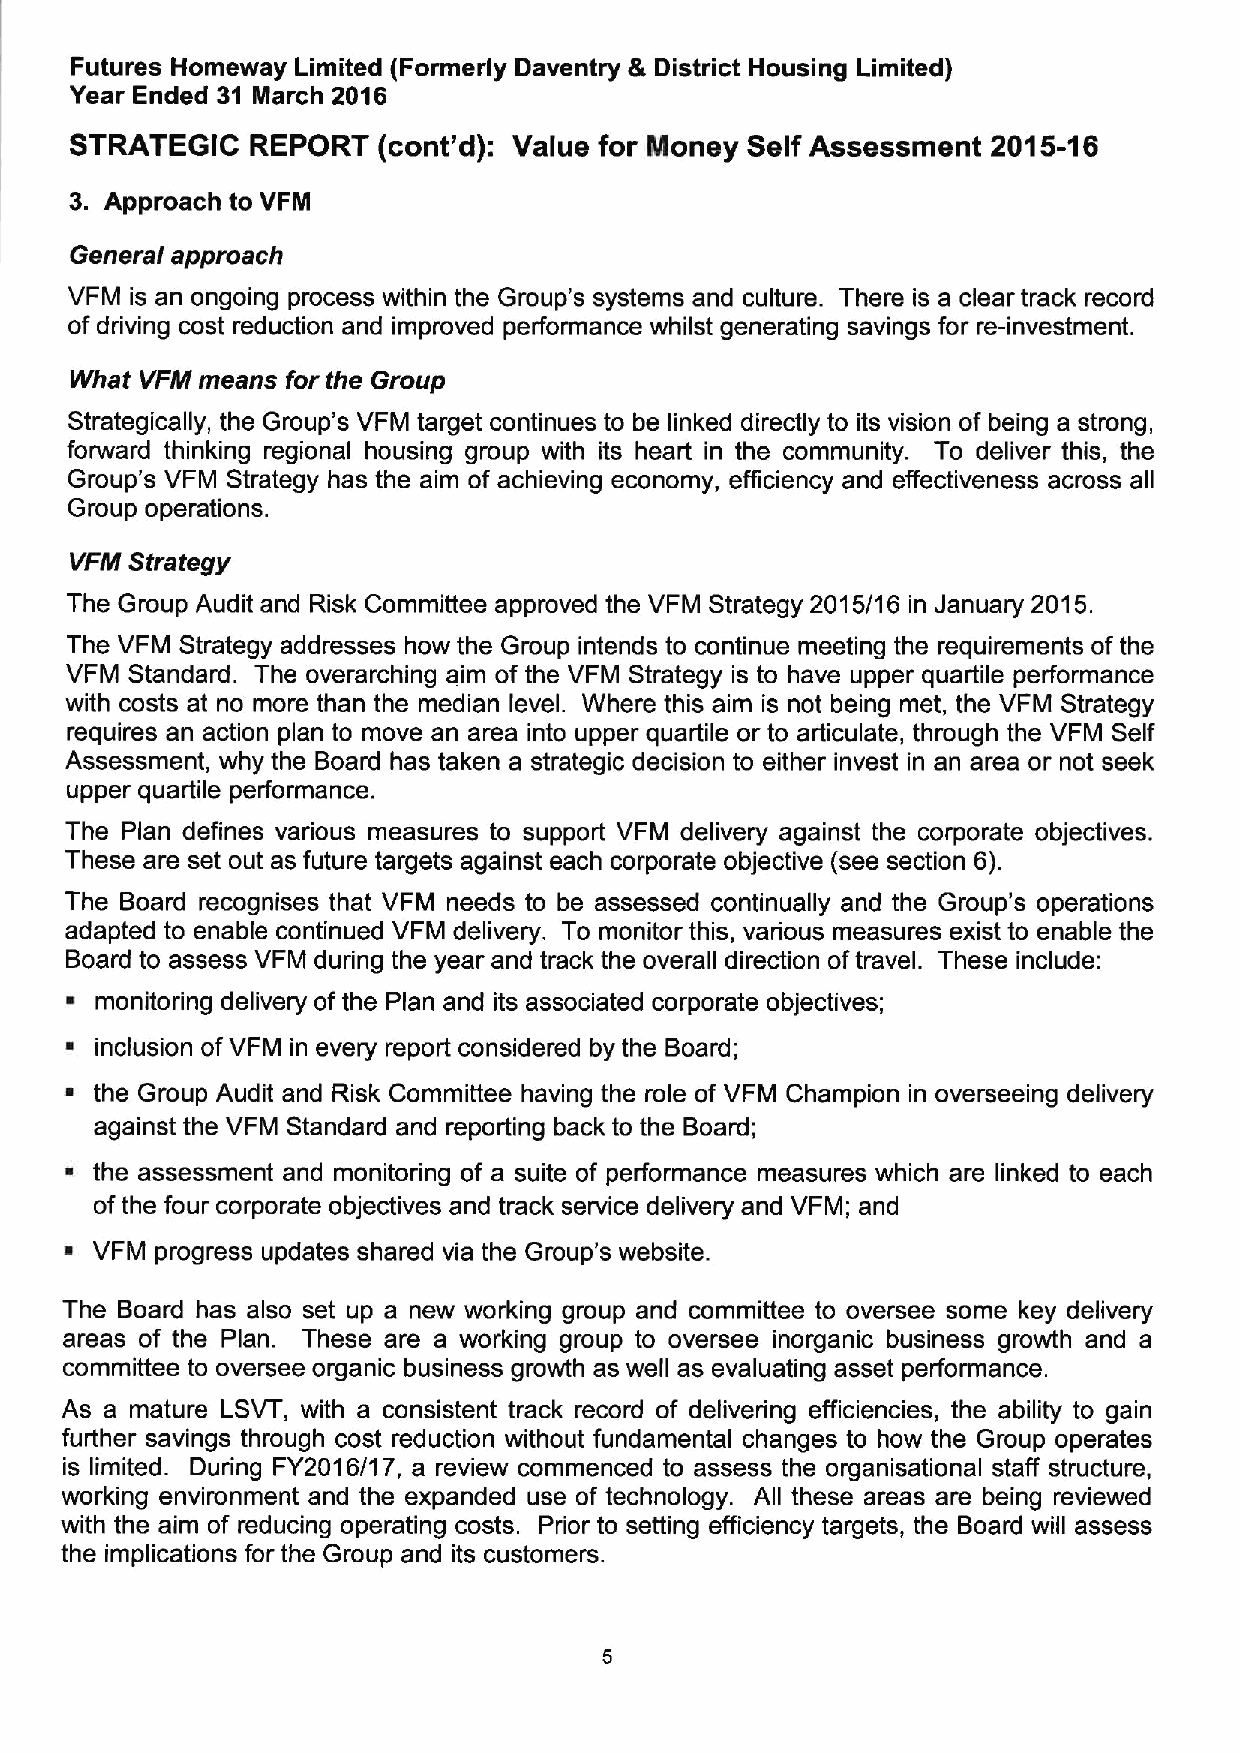
Futures Homeway Limited (Formerly Daventry & District Housing Limited)
 Year Ended 31 March 2016
 STRATEGIC   REPORT  (cont'd): Value for Money Self Assessment 2015-16
 3. Approach to VFM
 General approach
 VFM is an ongoing process within the Group's systems and culture. There is a clear track record
 of driving cost reduction and improved performance whilst generating savings for re-investment.
 What VFN means for the Group
 Strategically, the Group's VFM target continues to be linked directly to its vision of being a strong,
 forward thinking regional housing group with its heart in the community. To deliver this, the
 Group's VFM Strategy has the aim of achieving economy, efficiency and effectiveness across all
 Group operations.
 VFN Strategy
 The Group Audit and Risk Committee approved the VFM Strategy 2015/16 in January 2015.
 The VFM Strategy addresses how the Group intends to continue meeting the requirements of the
 VFM Standard. The overarching aim of the VFM Strategy is to have upper quartile performance
 with costs at no more than the median level. Where this aim is not being met, the VFM Strategy
 requires an action plan to move an area into upper quartile or to articulate, through the VFM Self
 Assessment, why the Board has taken a strategic decision to either invest in an area or not seek
 upper quartile performance.
 The Plan defines various measures to support VFM delivery against the corporate objectives.
 These are set out as future targets against each corporate objective (see section 6).
 The Board recognises that VFM needs to be assessed continually and the Group's operations
 adapted to enable continued VFM delivery. To monitor this, various measures exist to enable the
 Board to assess VFM during the year and track the overall direction oftravel. These include:
 monitoring delivery of the Plan and its associated corporate objectives;
 ~ inclusion ofVFM in every report considered by the Board;
 the Group Audit and Risk Committee having the role of VFM Champion in overseeing delivery
 against the VFM Standard and reporting back to the Board;
 ~ the assessment and monitoring of a suite of performance measures which are linked to each
 ofthe four corporate objectives and track service delivery and VFM; and
 ~ VFM progress updates shared via the Group's website.
 The Board has also set up a new working group and committee to oversee some key delivery
 areas of the Plan. These are a working group to oversee inorganic business growth and a
 committee to oversee organic business growth as well as evaluating asset performance.
 As a mature LSVT, with a consistent track record of delivering efficiencies, the ability to gain
 further savings through cost reduction without fundamental changes to how the Group operates
 is limited. During FY2016/17, a review commenced to assess the organisational staff structure,
 working environment and the expanded use of technology. All these areas are being reviewed
 with the aim of reducing operating costs. Prior to setting efficiency targets, the Board will assess
 the implications for the Group and its customers.